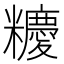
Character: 𥽝